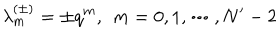
LaTeX: \lambda _ { m } ^ { ( \pm ) } = \pm q ^ { m } , \; \, m = 0 , 1 , \cdots , N ^ { \prime } - 2